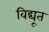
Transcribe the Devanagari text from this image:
विद्यूत